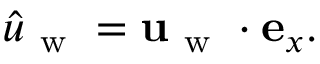
\hat { u } _ { \mathrm { ~ w ~ } } = \mathbf { u } _ { \mathrm { ~ w ~ } } \cdot \mathbf { e } _ { x } .